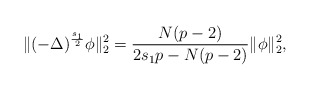
\begin{align*}\|(-\Delta)^{\frac {s_1} {2}} \phi\|_2^2=\frac{N(p-2)}{2s_1p-N(p-2)}\|\phi\|_2^2,\end{align*}